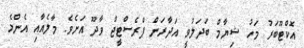
އޮކްޓޫބަރު މަހު ޝިޔާމް ބަދަލުވީ އަދާރަން ޕްރެސްޓީޖް ވާދޫ އަށެވެ. މާލެއާއި އެންމެ